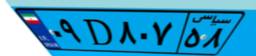
۲۶D۰۰۱۰۰